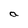
Character: a